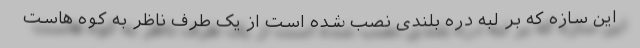
این سازه که بر لبه دره بلندی نصب شده است از یک طرف ناظر به کوه هاست